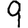
Digit: 9